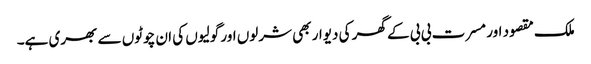
ملک مقصود اور مسرت بی بی کے گھر کی دیوار بھی شرلوں اور گولیوں کی ان چوٹوں سے بھری ہے۔